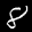
Label: 8